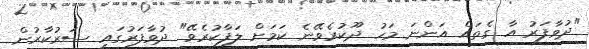
"ދުވާފަރު އާ ގެތައް އަންނަ މަހު ދޫކުރެވޭނެ ކަމަށް ލަފާކުރެވޭ" ދުވާފަރުގައި ސަރުކާރުން